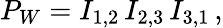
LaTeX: P_{W}=I_{1,2}\, I_{2,3}\, I_{3,1}\, ,